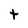
Character: t